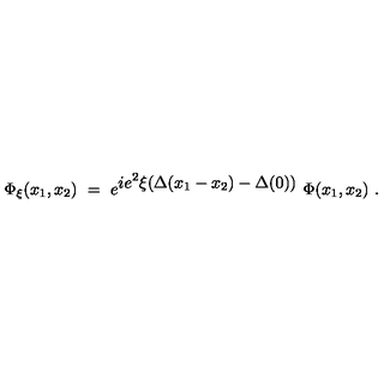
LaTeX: \Phi _ { \xi } ( x _ { 1 } , x _ { 2 } ) \ = \ e ^ { { \displaystyle i e ^ { 2 } \xi ( \Delta ( x _ { 1 } - x _ { 2 } ) - \Delta ( 0 ) ) } } \ \Phi ( x _ { 1 } , x _ { 2 } ) \ .